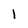
Character: 1